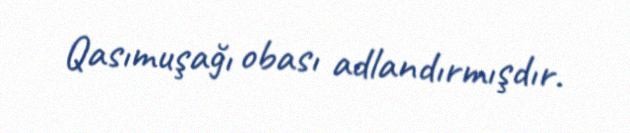
Qasımuşağı obası adlandırmışdır.